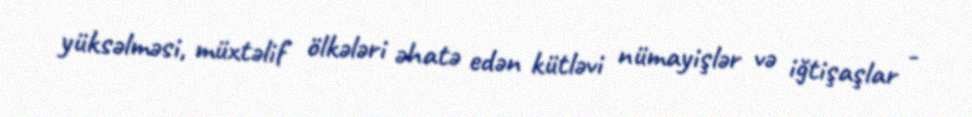
yüksəlməsi, müxtəlif ölkələri əhatə edən kütləvi nümayişlər və iğtişaşlar -